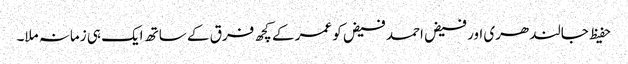
حفیظ جالندھری اور فیض احمد فیض کو عمر کے کچھ فرق کے ساتھ ایک ہی زمانہ ملا۔